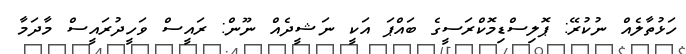
ހަޅުތާލެއް ނުކުރޭ: ޕޮލިސްޑިމޮކްރަސީގެ ބައްޕަ އަކީ ނަޝީދެއް ނޫން: ރައީސް ވަހީދުރައީސް މާދަމާ